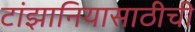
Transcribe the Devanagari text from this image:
टांझानियासाठीची